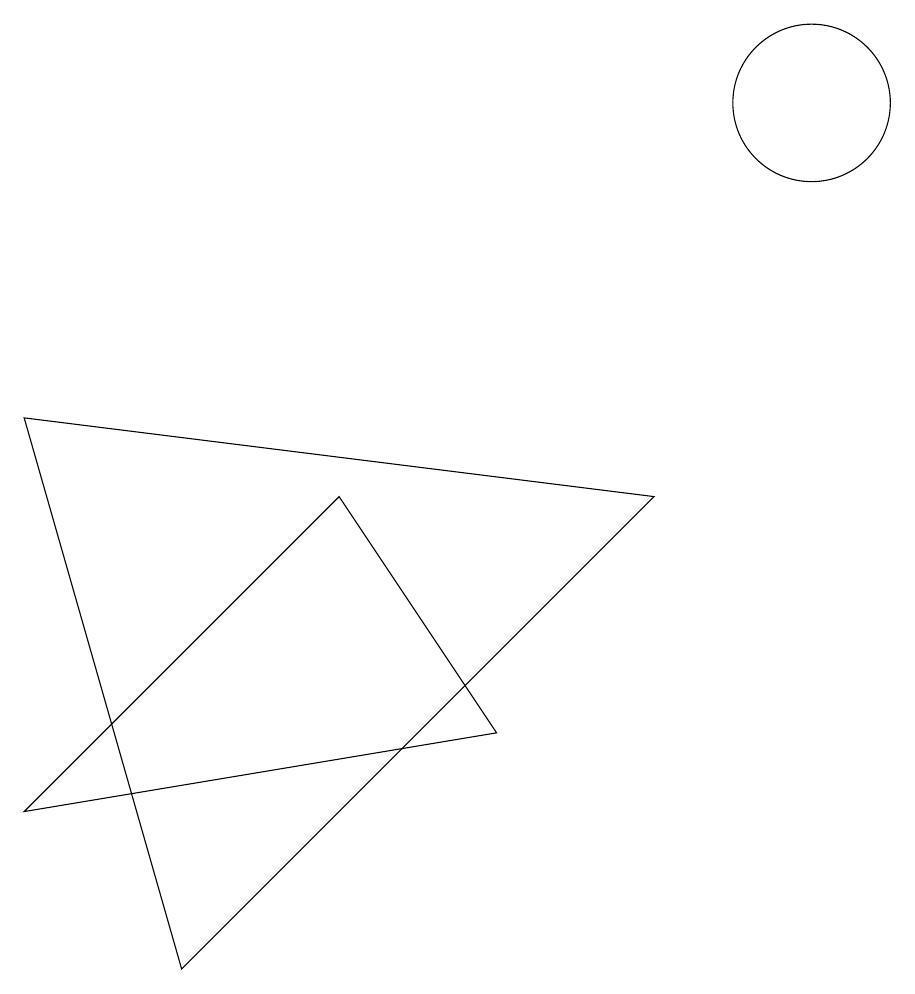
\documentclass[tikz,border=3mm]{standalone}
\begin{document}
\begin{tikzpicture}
\draw (0,8) -- (2,1) -- (8,7) -- cycle;
\draw (0,3) -- (4,7) -- (6,4) -- cycle;
\draw (10,12) circle (1);
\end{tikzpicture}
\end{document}